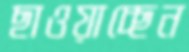
ছাওয়াচ্ছেন